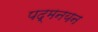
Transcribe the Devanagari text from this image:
पद्मनयन